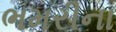
ભમરીના